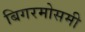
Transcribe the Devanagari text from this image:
बिगरमोसमी